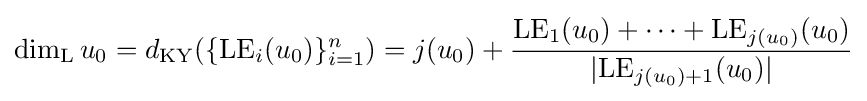
\dim _{\rm {L}}u_{0}=d_{\rm {KY}}(\{{\rm {LE}}_{i}(u_{0})\}_{i=1}^{n})=j(u_{0})+{\frac {{\rm {LE}}_{1}(u_{0})+\cdots +{\rm {LE}}_{j(u_{0})}(u_{0})}{|{\rm {LE}}_{j(u_{0})+1}(u_{0})|}}